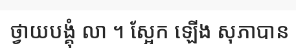
ថ្វាយបង្គុំ លា ។ ស្អែក ឡើង សុភាបាន